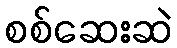
စစ်ဆေးဆဲ